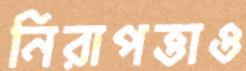
নিরাপত্তাও